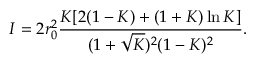
I = 2 r _ { 0 } ^ { 2 } \frac { K [ 2 ( 1 - K ) + ( 1 + K ) \ln K ] } { ( 1 + \sqrt { K } ) ^ { 2 } ( 1 - K ) ^ { 2 } } .